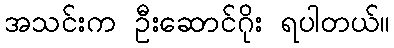
အသင်းက ဦးဆောင်ဂိုး ရပါတယ်။